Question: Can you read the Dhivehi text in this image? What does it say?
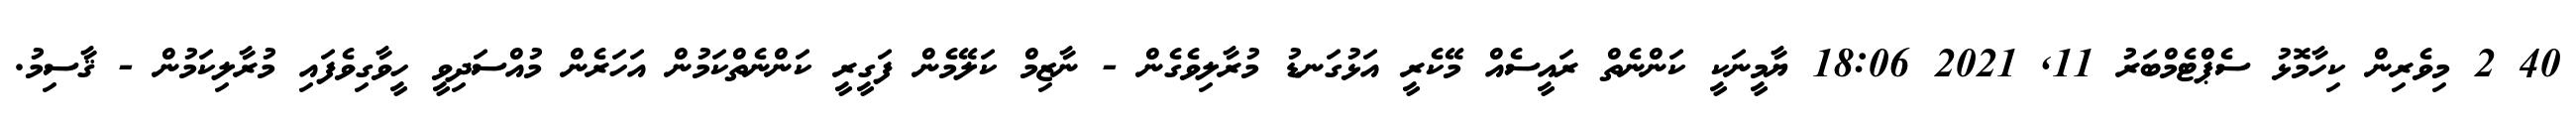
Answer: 40 2 މިވެރިން ކިހާމޮޅު ސެޕްޓެމްބަރު 11, 2021 18:06 ޔާމީނަކީ ކަންނެތް ރައީސެއް މޭކެރީ އަޅުގަނޑު މުރާލިވެގެން - ނާޒިމް ކަލޭމެން ފަގީރީ ކަންނެތްކަމުން އަހަރެން މުއްސަދިވީ ހީވާގިވެފައި މުރާލިކަމުން - ޤާސިމު.